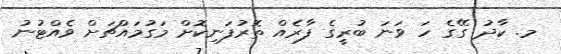
މ. ކާދު ގޭގެ ހަ ވަނަ ބުރީގެ ފާރެއް ތޮރުފަނިކޮށް މަގުމައްޗަށް ވެއްޓުނު